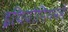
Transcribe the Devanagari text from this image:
इथियोपियनने